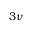
3 \nu